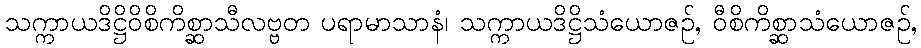
သက္ကာယဒိဋ္ဌိဝိစိကိစ္ဆာသီလဗ္ဗတ ပရာမာသာနံ၊ သက္ကာယဒိဋ္ဌိသံယောဇဉ်, ဝီစိကိစ္ဆာသံယောဇဉ်,